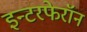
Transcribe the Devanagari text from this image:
इन्टरफेरॉन